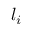
\boldsymbol { l } _ { i }